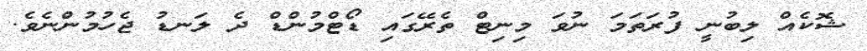
ޝޮކެއް ލިބުނީ ފުރަތަމަ ނުވަ މިނިޓް ތެރޭގައި ޑޯޓްމުންޑް ދެ ލަނޑު ޖެހުމުންނެވެ.